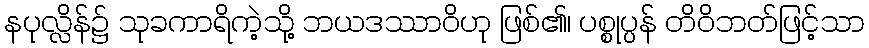
နပုလ္လိန်၌ သုခကာရိကဲ့သို့ ဘယဒဿာဝိဟု ဖြစ်၏၊ ပစ္စုပ္ပန် တိဝိဘတ်ဖြင့်သာ